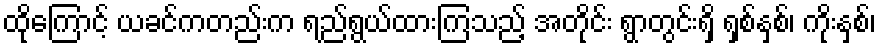
ထိုကြောင့် ယခင်ကတည်းက ရည်ရွယ်ထားကြသည့် အတိုင်း ရွာတွင်းရှိ ရှစ်နှစ်၊ ကိုးနှစ်၊